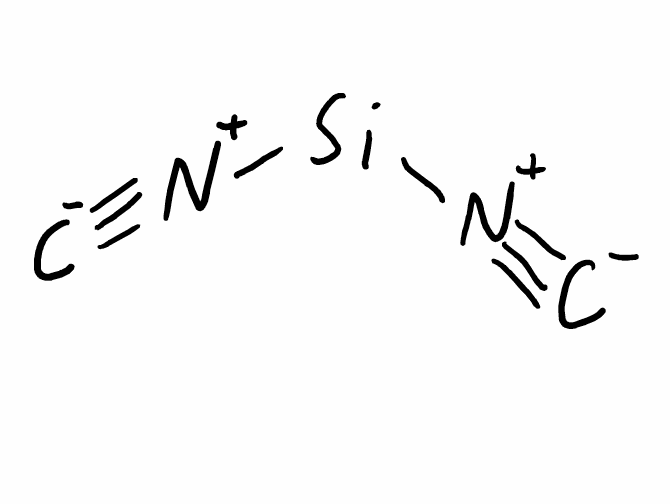
Simplified molecular-input line-entry system (SMILES) notation of the given molecule:
[C-]#[N+][Si][N+]#[C-]